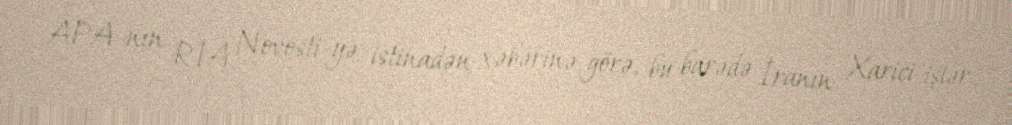
APA-nın RİA Novosti-yə istinadən xəbərinə görə, bu barədə İranın Xarici işlər